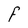
Character: F